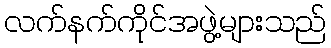
လက်နက်ကိုင်အဖွဲ့များသည်